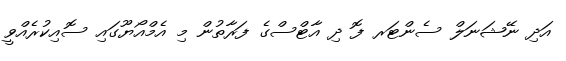
އަދި ނޭޝަނަލް ސެންޓަރ ފޮ ދި އާޓްސްގެ ފަރާތުން މި އެމްއޯޔޫގައި ސޮއިކުރެއްވީ